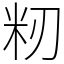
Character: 籾